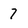
Character: 7